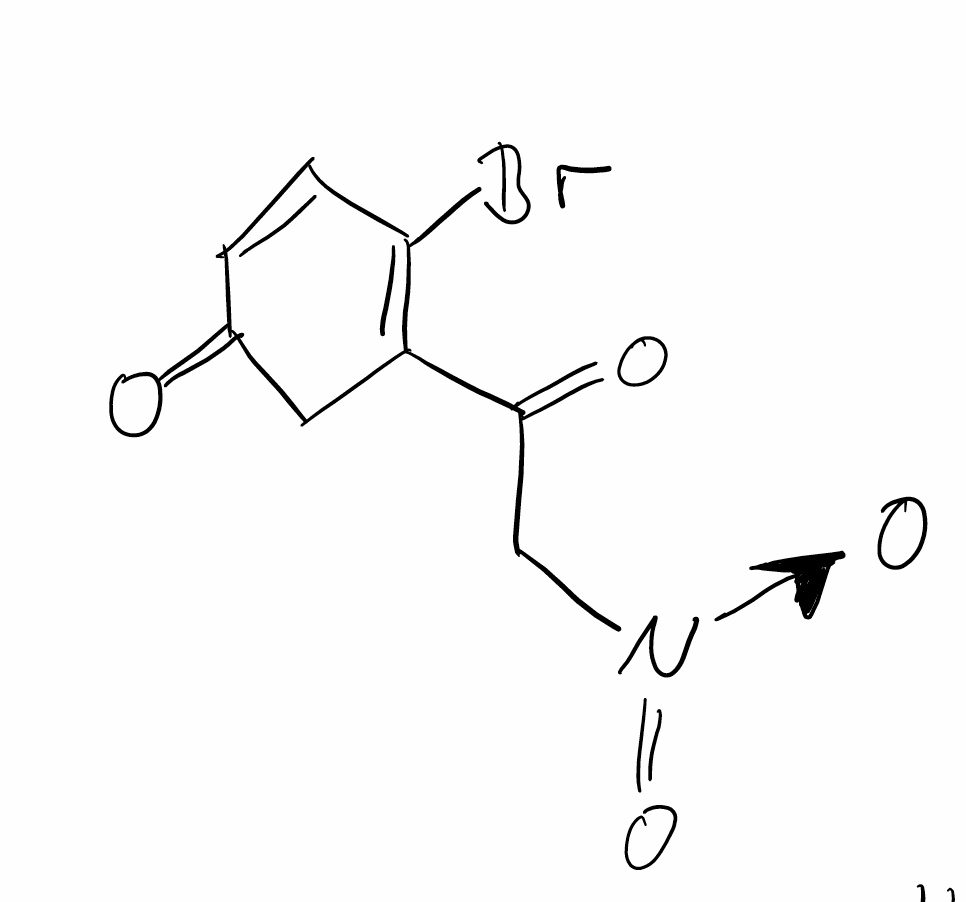
Simplified molecular-input line-entry system (SMILES) notation of the given molecule:
C1C(=O)C=CC(=C1C(=O)C[N+](=O)[O-])Br